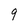
Character: 9